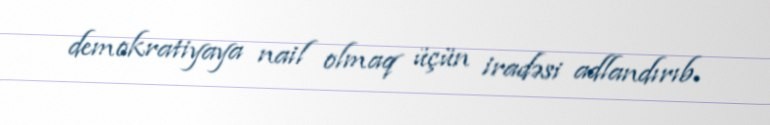
demokratiyaya nail olmaq üçün iradəsi adlandırıb.